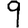
Digit: 9